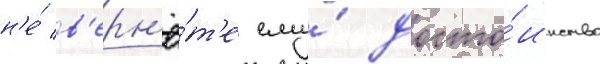
н'е́ в'ерн'ё́т'е ему́ досто́инство